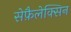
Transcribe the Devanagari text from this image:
सेफ़ैलेक्सिन